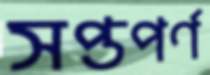
সপ্তপর্ণ